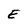
Character: E